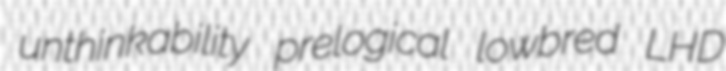
unthinkability prelogical lowbred LHD